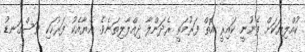
ކުއްލިޔަކަށް ފެނުނީ ކައިރީ އޮތް ފަރުމަތީ ރެދަންލާ ދިއްލާލިތަނެވެ. އެޔާއެކު ފަރުހަކި ވަސްގަނޑު